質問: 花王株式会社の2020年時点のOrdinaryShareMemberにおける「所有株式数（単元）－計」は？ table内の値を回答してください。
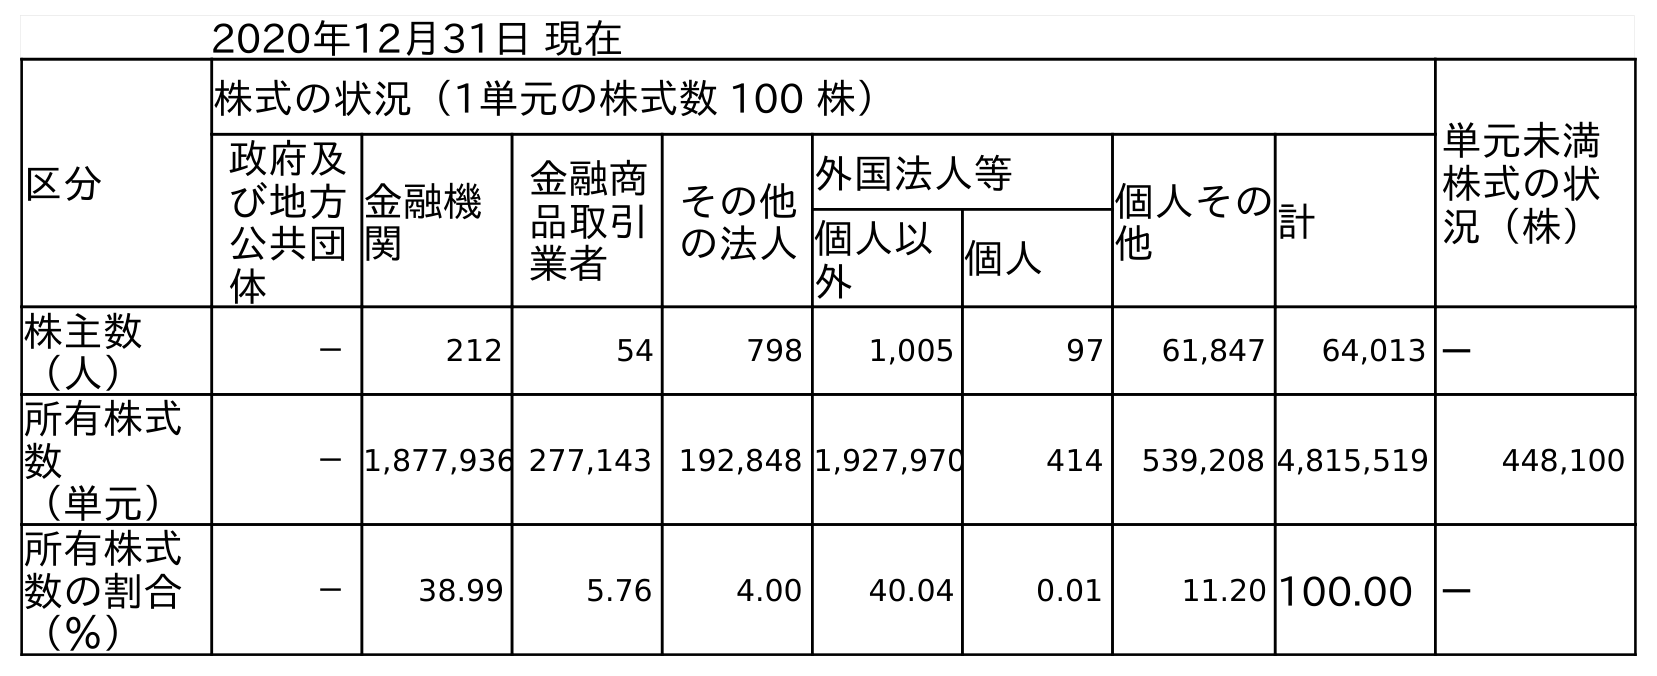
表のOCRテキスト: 2020年12月31日 現在 区分 株式の状況（1単元の株式数 100 株） 単元未満 株式の状 況（株） 政府及 び地方 公共団 体 金融機 関 金融商 品取引 業者 その他 の法人 外国法人等 個人その 他 計 個人以 外 個人 株主数 （人） － 212 54 798 1,005 97 61,847 64,013 － 所有株式 数 （単元） －1,877,936 277,143 192,848 1,927,970 414 539,208 4,815,519 448,100 所有株式 数の割合 （％） － 38.99 5.76 4.00 40.04 0.01 11.20 100.00 －
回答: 4,815,519